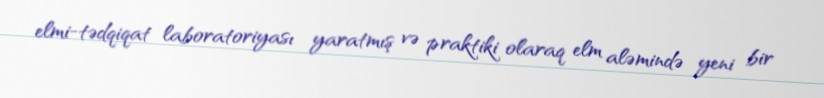
elmi-tədqiqat laboratoriyası yaratmış və praktiki olaraq elm aləmində yeni bir